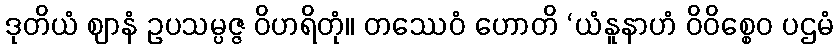
ဒုတိယံ ဈာနံ ဥပသမ္ပဇ္ဇ ဝိဟရိတုံ။ တဿေဝံ ဟောတိ ‘ယံနူနာဟံ ဝိဝိစ္စေဝ ပဌမံ